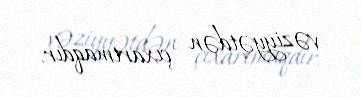
vəziyyətdən çıxartmaqdır.